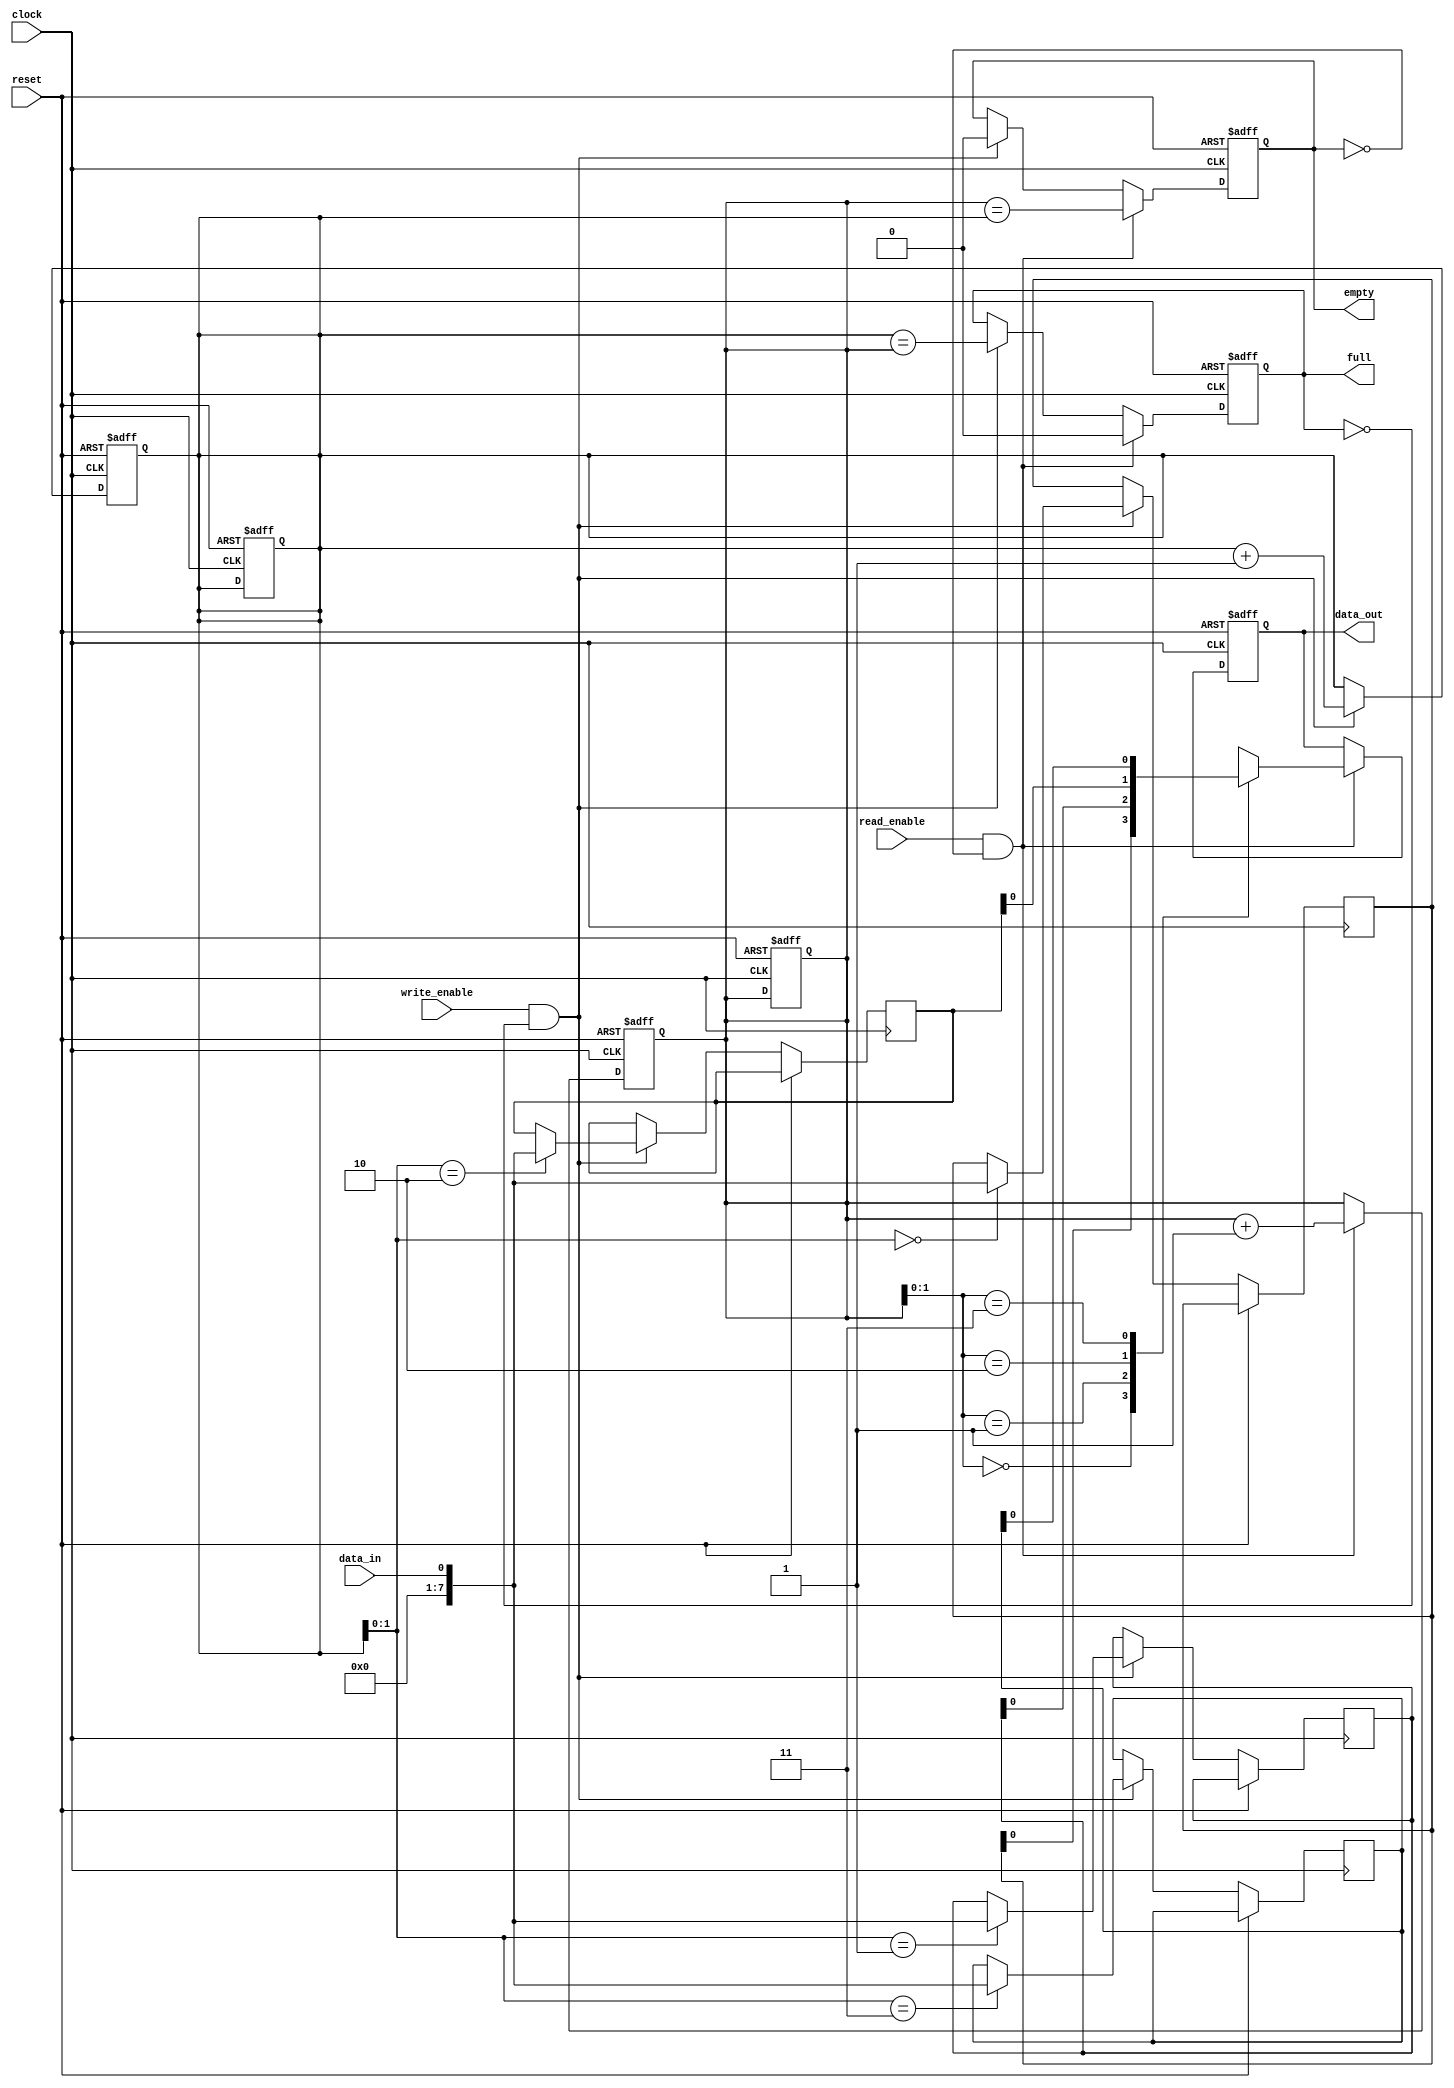
module CircularFIFO (
    input wire clock,
    input wire reset,
    input wire write_enable,
    input wire read_enable,
    input wire data_in,
    output reg data_out,
    output reg empty,
    output reg full
);

parameter BUFFER_SIZE = 4;
reg [7:0] buffer [0:BUFFER_SIZE - 1];
reg [2:0] write_pointer = 0;
reg [2:0] read_pointer = 0;
reg [2:0] next_write_pointer;
reg [2:0] next_read_pointer;

always @ (posedge clock or posedge reset) begin
    if (reset) begin
        write_pointer <= 0;
        read_pointer <= 0;
        next_write_pointer <= 0;
        next_read_pointer <= 0;
        empty <= 1;
        full <= 0;
        data_out <= 0;
    end else begin
        if (write_enable && !full) begin
            buffer[write_pointer] <= data_in;
            next_write_pointer <= write_pointer + 1;
            full <= (next_write_pointer == read_pointer);
            empty <= 0;
        end else begin
            next_write_pointer <= write_pointer;
        end
        
        if (read_enable && !empty) begin
            data_out <= buffer[read_pointer];
            next_read_pointer <= read_pointer + 1;
            full <= 0;
            empty <= (next_read_pointer == write_pointer);
        end else begin
            next_read_pointer <= read_pointer;
        end
    end
end

always @* begin
    write_pointer <= next_write_pointer;
    read_pointer <= next_read_pointer;
end

endmodule